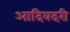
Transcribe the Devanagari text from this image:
आदिबदरी